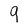
Character: 9